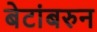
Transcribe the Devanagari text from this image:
बेटांबरुन